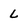
Character: L